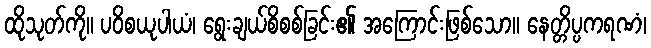
ထိုသုတ်ကို။ ပဝိစယုပါယံ၊ ရွေးချယ်စိစစ်ခြင်း၏ အကြောင်းဖြစ်သော။ နေတ္တိပ္ပကရဏံ၊